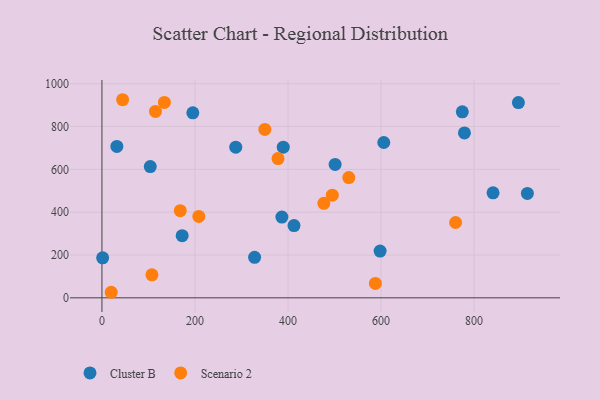
{"axis": {"x": "Ad Spend", "y": "Fuel Efficiency"}, "legend": ["Cluster B", "Scenario 2"], "data": [{"x": "1.5", "y": 186.9, "type": "Cluster B"}, {"x": "172.5", "y": 290.1, "type": "Cluster B"}, {"x": "605.9", "y": 725.4, "type": "Cluster B"}, {"x": "779.3", "y": 770.1, "type": "Cluster B"}, {"x": "774.7", "y": 868.8, "type": "Cluster B"}, {"x": "287.7", "y": 703.7, "type": "Cluster B"}, {"x": "386.9", "y": 376.9, "type": "Cluster B"}, {"x": "598.0", "y": 218.2, "type": "Cluster B"}, {"x": "103.9", "y": 613.1, "type": "Cluster B"}, {"x": "895.3", "y": 912.1, "type": "Cluster B"}, {"x": "389.8", "y": 703.6, "type": "Cluster B"}, {"x": "32.1", "y": 707.1, "type": "Cluster B"}, {"x": "840.8", "y": 490.2, "type": "Cluster B"}, {"x": "412.9", "y": 337.6, "type": "Cluster B"}, {"x": "501.3", "y": 622.8, "type": "Cluster B"}, {"x": "914.6", "y": 487.5, "type": "Cluster B"}, {"x": "328.2", "y": 189.0, "type": "Cluster B"}, {"x": "195.4", "y": 863.8, "type": "Cluster B"}, {"x": "44.5", "y": 925.2, "type": "Scenario 2"}, {"x": "760.3", "y": 351.8, "type": "Scenario 2"}, {"x": "587.8", "y": 67.4, "type": "Scenario 2"}, {"x": "350.2", "y": 786.5, "type": "Scenario 2"}, {"x": "378.5", "y": 650.4, "type": "Scenario 2"}, {"x": "20.0", "y": 25.9, "type": "Scenario 2"}, {"x": "168.4", "y": 407.1, "type": "Scenario 2"}, {"x": "495.3", "y": 479.2, "type": "Scenario 2"}, {"x": "107.5", "y": 107.5, "type": "Scenario 2"}, {"x": "530.7", "y": 561.5, "type": "Scenario 2"}, {"x": "115.1", "y": 870.7, "type": "Scenario 2"}, {"x": "134.3", "y": 912.8, "type": "Scenario 2"}, {"x": "477.1", "y": 441.5, "type": "Scenario 2"}, {"x": "208.3", "y": 380.2, "type": "Scenario 2"}]}